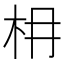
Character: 枏